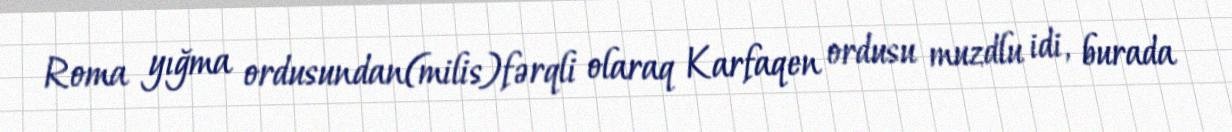
Roma yığma ordusundan(milis)fərqli olaraq Karfaqen ordusu muzdlu idi, burada